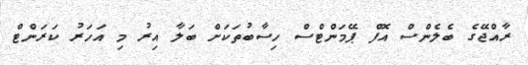
ރާއްޖޭގެ ބެލެންސް އޮފް ޕޭމަންޓްސް ހިސާބުތަކަށް ބަލާ އިރު މި އަހަރު ކަރަންޓް